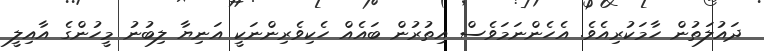
ދައުލަތުން ހާމަކުރިއެވެ. އެހެންނަމަވެސް އިތުރުން ބައެއް ހެކިވެރިންނަކީ އަނިޔާ ލިބުނު މީހުންގެ އާއިލީ